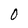
Character: O